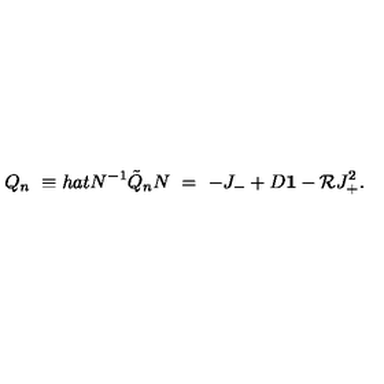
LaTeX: Q _ { n } \ \equiv h a t { N } ^ { - 1 } \tilde { Q } _ { n } N \ = \ - J _ { - } + D { \bf 1 } - { \cal R } J _ { + } ^ { 2 } .